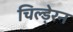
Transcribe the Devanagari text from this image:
चिल्डे्रन